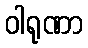
ဝါရုဏာ